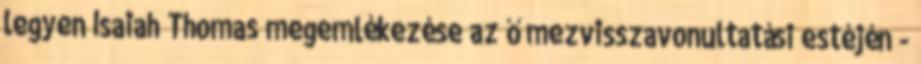
legyen Isaiah Thomas megemlékezése az ő mezvisszavonultatási estéjén -